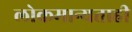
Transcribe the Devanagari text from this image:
लोकमान्यताही